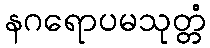
နဂရောပမသုတ္တံ